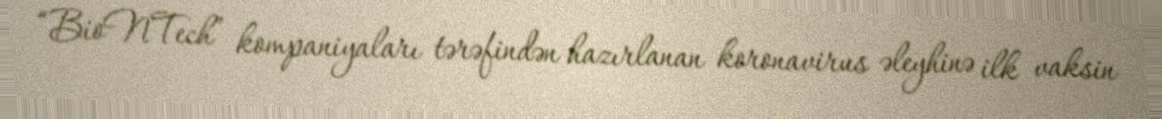
“BioNTech” kompaniyaları tərəfindən hazırlanan koronavirus əleyhinə ilk vaksin